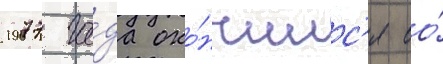
1977 го́да око́нчилс'я ео́